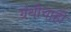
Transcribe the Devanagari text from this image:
ग्रंथीचाही